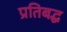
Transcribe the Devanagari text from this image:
प्रतिबद्ध